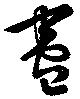
尽